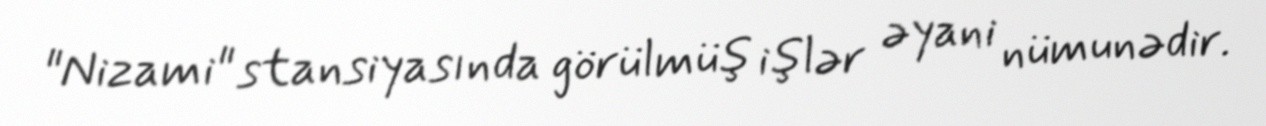
"Nizami" stansiyasında görülmüş işlər əyani nümunədir.